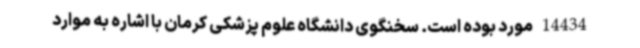
14434مورد بوده است. سخنگوی دانشگاه علوم پزشکی کرمان با اشاره به موارد